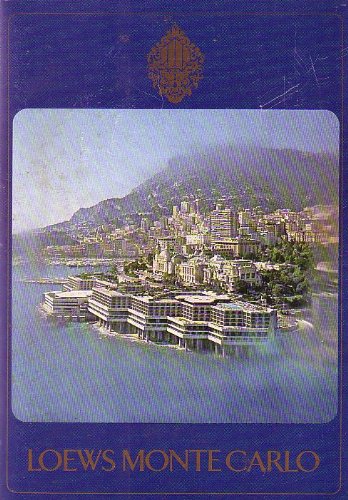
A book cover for Loews Monte Carlo 1979; Not Specified; Travel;